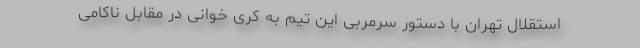
استقلال تهران با دستور سرمربی این تیم به کری خوانی در مقابل ناکامی